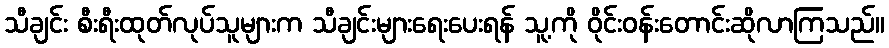
သီချင်း စီးရီးထုတ်လုပ်သူများက သီချင်းများရေးပေးရန် သူ့ကို ဝိုင်းဝန်းတောင်းဆိုလာကြသည်။